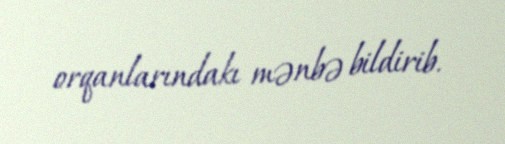
orqanlarındakı mənbə bildirib.